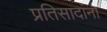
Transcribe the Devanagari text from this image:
प्रतिसादांना